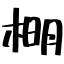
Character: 𣔂